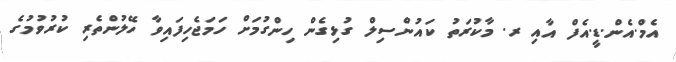
އެމް.އެން.ޑީ.އެފް އާއި ރ. މާކުރަތު ކައުންސިލް ގުޅިގެން ހިންގުމަށް ހަމަޖެހިފައިވާ ހޭލުންތެރި ކުރުވުމުގެ